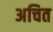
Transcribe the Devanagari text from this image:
अचित